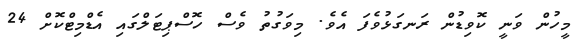
މީހުން ވަނީ ކޮވިޑުން ރަނގަޅުވެފަ އެވެ. މިވަގުތު ވެސް ހޮސްޕިޓަލްގައި އެޑްމިޓްކޮށް 24